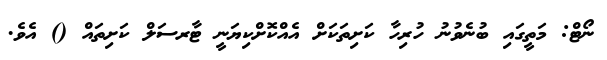
ނޯޓް: މަތީގައި ބުނެވުނު ހުރިހާ ކަށިތަކަށް އެއްކޮށްކިޔަނީ ޓާރސަލް ކަށިތައް () އެވެ.